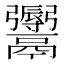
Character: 𩱨